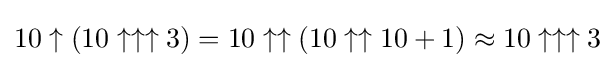
10\uparrow (10\uparrow \uparrow \uparrow 3)=10\uparrow \uparrow (10\uparrow \uparrow 10+1)\approx 10\uparrow \uparrow \uparrow 3